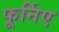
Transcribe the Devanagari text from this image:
फूर्निए